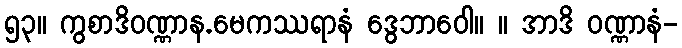
၅၃။ ကွစာဒိဝဏ္ဏာန.မေကဿရာနံ ဒွေဘာဝေါ။ ။ အာဒိ ဝဏ္ဏာနံ-